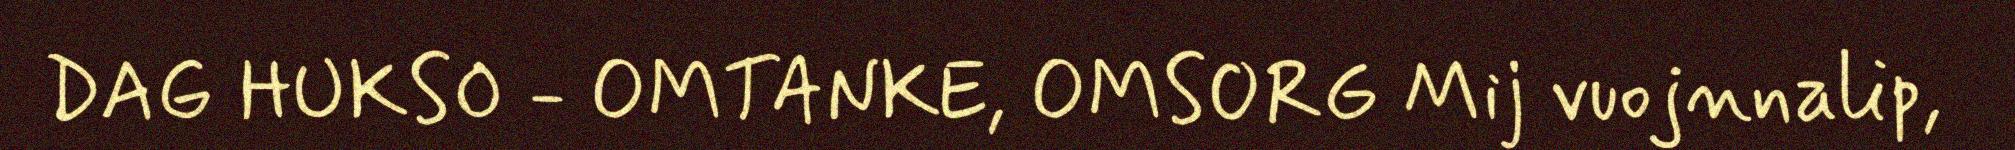
DAG HUKSO - OMTANKE, OMSORG Mij vuojnnalip,